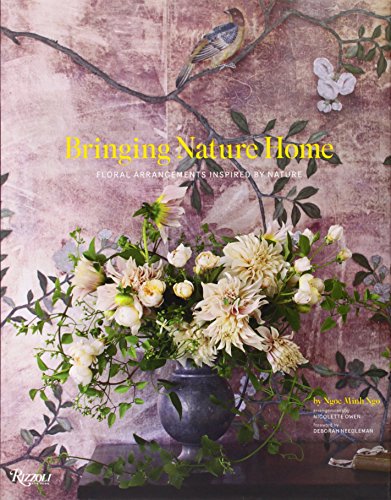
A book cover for Bringing Nature Home: Floral Arrangements Inspired by Nature; Ngoc Minh Ngo; Crafts, Hobbies & Home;